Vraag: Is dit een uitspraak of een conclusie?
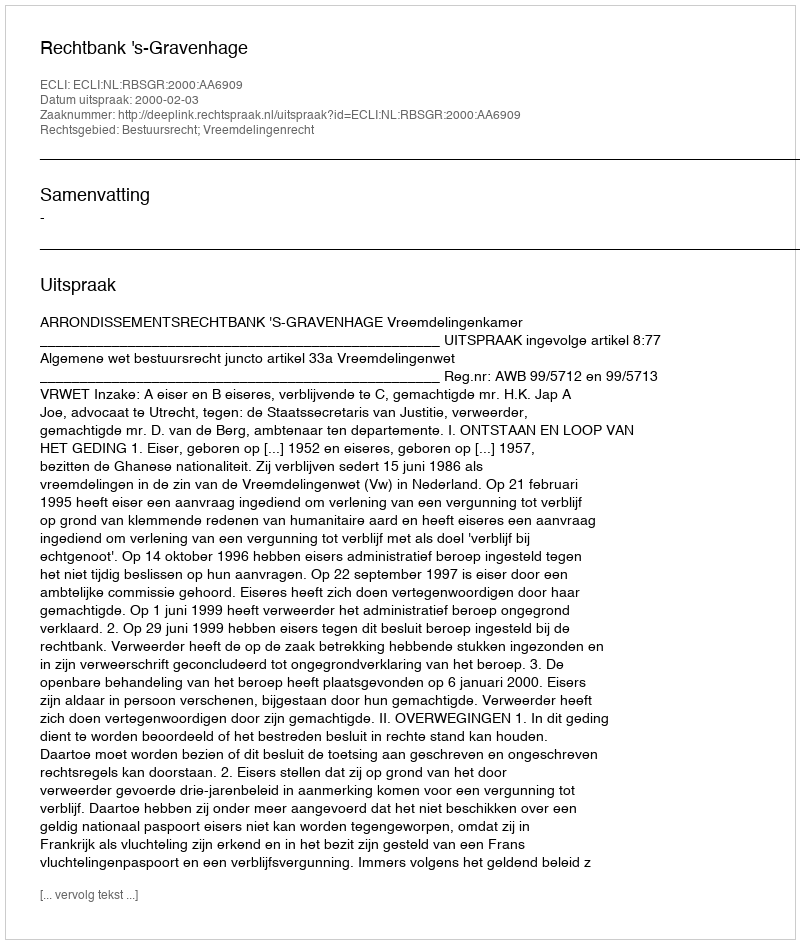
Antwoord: Uitspraak